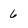
Character: 6